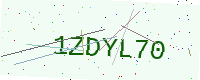
Text: 1ZDYL70